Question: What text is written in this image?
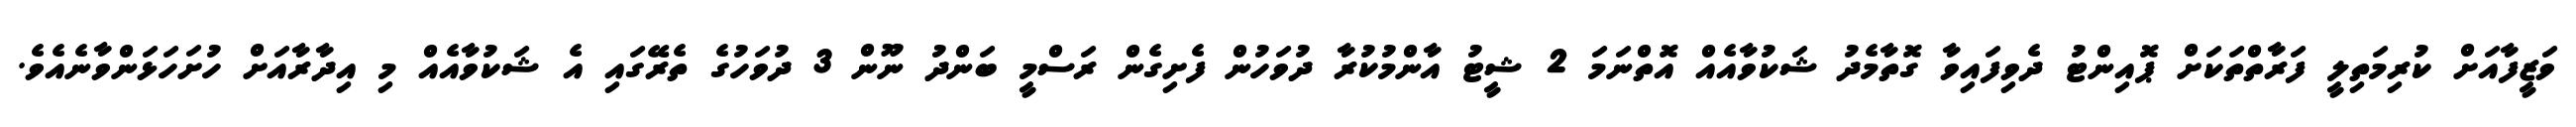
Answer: ވަޒީފާއަށް ކުރިމަތިލީ ފަރާތްތަކަށް ޕޮއިންޓު ދެވިފައިވާ ގޮތާމެދު ޝަކުވާއެއް އޮތްނަމަ 2 ޝީޓު އާންމުކުރާ ދުވަހުން ފެށިގެން ރަސްމީ ބަންދު ނޫން 3 ދުވަހުގެ ތެރޭގައި އެ ޝަކުވާއެއް މި އިދާރާއަށް ހުށަހަޅަންވާނެއެވެ.